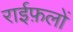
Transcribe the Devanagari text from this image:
राईफ़लों